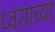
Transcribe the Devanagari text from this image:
ध्वंसाच्या